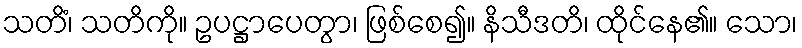
သတိံ၊ သတိကို။ ဥပဋ္ဌာပေတွာ၊ ဖြစ်စေ၍။ နိသီဒတိ၊ ထိုင်နေ၏။ သော၊